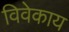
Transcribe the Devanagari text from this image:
विवेकाय